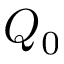
Q _ { 0 }